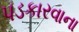
પડકારવાના